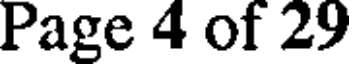
Page 4 of 29